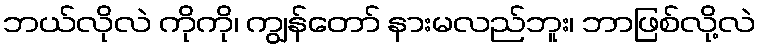
ဘယ်လိုလဲ ကိုကို၊ ကျွန်တော် နားမလည်ဘူး၊ ဘာဖြစ်လို့လဲ